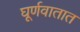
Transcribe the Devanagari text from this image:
घूर्णवातात